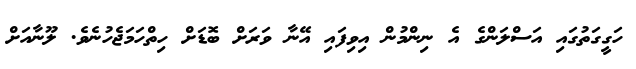
ހަގީގަތުގައި އަސްލަންގެ އެ ނިންމުން އިވިފައި އޭނާ ވަރަށް ބޮޑަށް ހިތްހަމަޖެހުނެވެ. ލޫނާއަށް